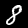
Digit: 8